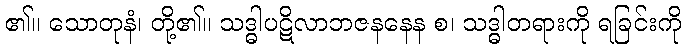
၏။ သောတုနံ၊ တို့၏။ သဒ္ဓါပဋိလာဘဇနနေန စ၊ သဒ္ဓါတရားကို ရခြင်းကို